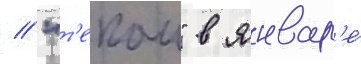
// "т'екаи" в январ'е́